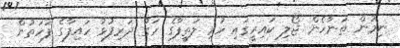
ނިމުން ތަނާހެން ޖޯލި ކައިރީގައި ހުރި ލަތީފާގެ ހަގު ދަރިފުޅު ހައިފާގެ ފަހަތުން